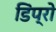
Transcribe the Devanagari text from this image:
डिंप्रो